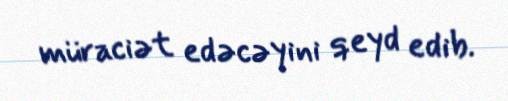
müraciət edəcəyini qeyd edib.